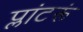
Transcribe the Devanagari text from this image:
प्लांटरूं